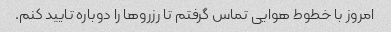
امروز با خطوط هوایی تماس گرفتم تا رزروها را دوباره تایید کنم.